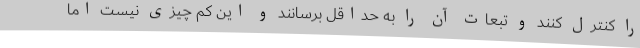
را کنترل کنند و تبعات آن را به حداقل برسانند و این کم چیزی نیست اما